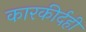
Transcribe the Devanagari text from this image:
कारकीर्दही